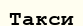
Такси